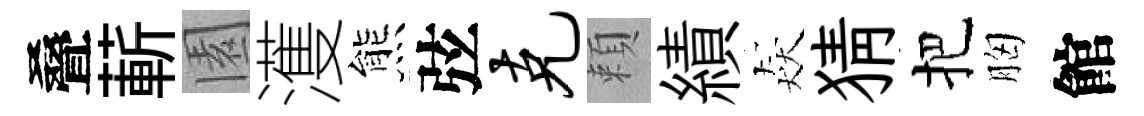
叠蔪園濩熊弦克頼績猋猜把胸館